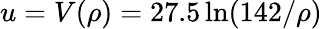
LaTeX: u=V(\rho)=27.5\ln(142/\rho)